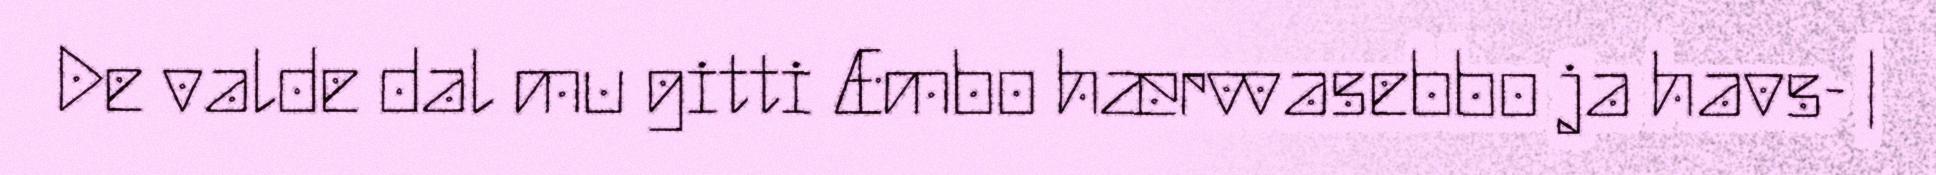
De valde dal mu gitti Æmbo hærvvasebbo ja havs- |